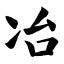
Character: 冶